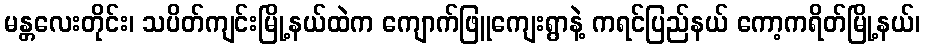
မန္တလေးတိုင်း၊ သပိတ်ကျင်းမြို့နယ်ထဲက ကျောက်ဖြူကျေးရွာနဲ့ ကရင်ပြည်နယ် ကော့ကရိတ်မြို့နယ်၊